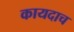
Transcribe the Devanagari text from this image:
कायदाच